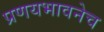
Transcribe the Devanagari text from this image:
प्रणयभावनेच